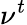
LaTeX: \nu^{t}